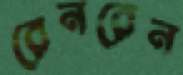
রেনরেন